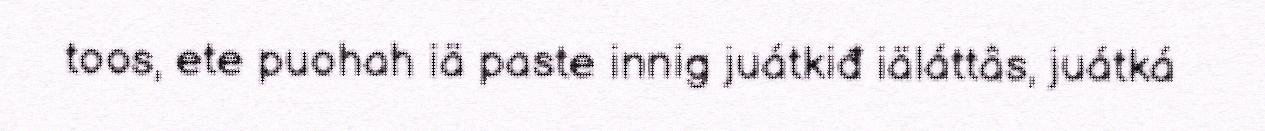
toos, ete puohah iä paste innig juátkiđ iäláttâs, juátká